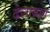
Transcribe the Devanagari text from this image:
ढेलाबाग